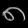
Digit: ၈